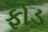
ફોડ